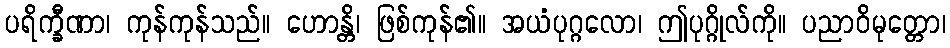
ပရိက္ခီဏာ၊ ကုန်ကုန်သည်။ ဟောန္တိ၊ ဖြစ်ကုန်၏။ အယံပုဂ္ဂလော၊ ဤပုဂ္ဂိုလ်ကို။ ပညာဝိမုတ္တော၊